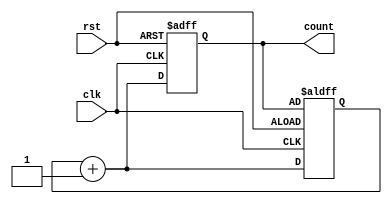

module mod4_mod5(clk,rst,count);

  input clk,rst;
  output reg [2:0]count;
  
  parameter mod4=0 , mod5=1;
  
  reg state;
  reg [2:0]temp;
  always @(posedge clk or posedge rst)
  begin
   if(rst) state <=0;//5ns nba 
   else
    case(state)
	  mod4 : if(count == 3)  state <= mod5;
	         else     state<=mod4;
	  mod5 : if(count == 4) state <= mod4;
	        else  state <= mod5;
    endcase
  
  
  end
  
  always @(posedge clk or posedge rst)
  begin
   if(rst) begin 
            count <=0;
            temp <= count;
		 end 
   else 
    begin
	 case(state)
	  mod4 :  count <= counter(temp);
	  mod5 :  count <= counter(temp);
	endcase
	end
  end
 
  function reg [2:0]counter(input [2:0]pcount);
   begin
   counter = pcount + 3'd1;
   temp = counter;
   end
  endfunction
  
  
  

endmodule

//https://www.edaplayground.com/x/cKQ5